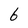
Character: 6